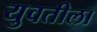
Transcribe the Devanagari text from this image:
युवतीला